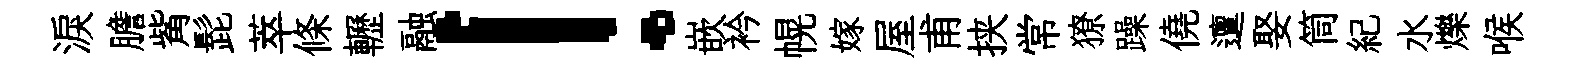
淚膽觜髭萃條轣融！嵌衿幌嫁屋甫挟常獠躁僥邅娶筒紀水爍喉